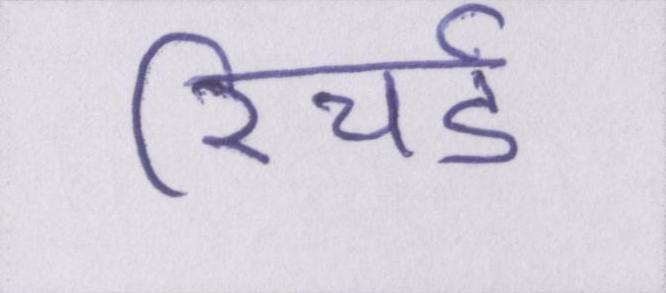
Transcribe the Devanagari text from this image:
रिचर्ड